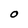
Character: O